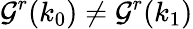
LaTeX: \mathcal G^{r}(k_{0})\neq\mathcal G^{r}(k_{1})